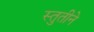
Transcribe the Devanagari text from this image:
स्तुतीने